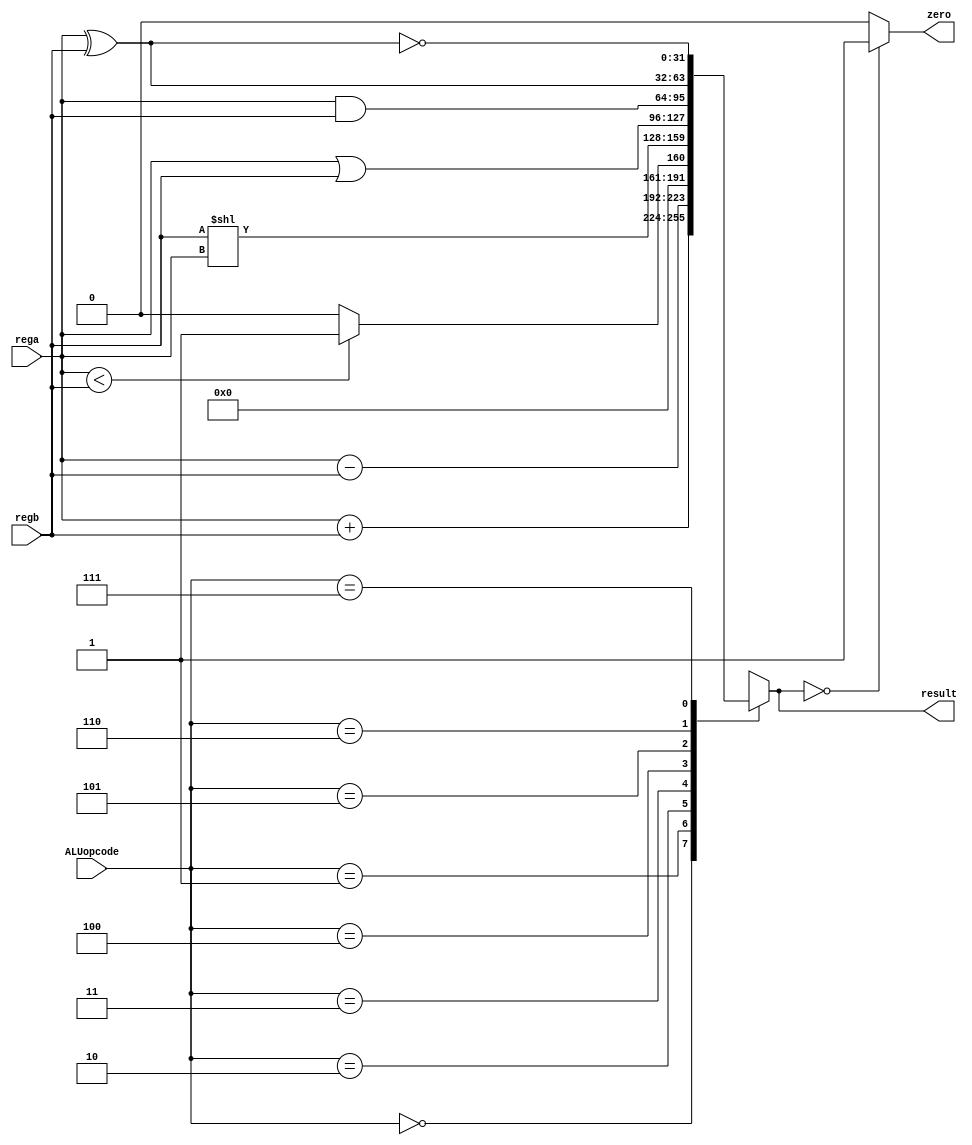
module ALU32(
    input [2:0] ALUopcode,
    input [31:0] rega,
    input [31:0] regb,
    output reg [31:0] result,
    output zero
    );

    initial begin
        result = 32'b0;
    end

    assign zero = (result==0)?1:0;
    always @( ALUopcode or rega or regb ) begin
        case (ALUopcode)
            3'b000 : result = rega + regb;
            3'b001 : result = rega - regb;
            3'b010 : result = (rega < regb)?1:0;
            3'b011 : result = regb << rega;
            3'b100 : result = rega | regb;
            3'b101 : result = rega & regb;
            3'b110 : result = rega ^ regb;
            3'b111 : result = ~(rega ^ regb);
            default : begin
                result = 8'h00000000;
                $display ("ALUOp no match");
            end
        endcase
    end
endmodule